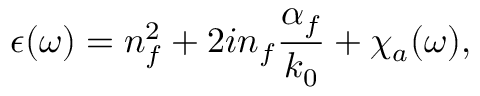
\epsilon ( \omega ) = n _ { f } ^ { 2 } + 2 i n _ { f } \frac { \alpha _ { f } } { k _ { 0 } } + \chi _ { a } ( \omega ) ,